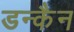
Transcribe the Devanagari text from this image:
डन्कैन